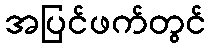
အပြင်ဖက်တွင်